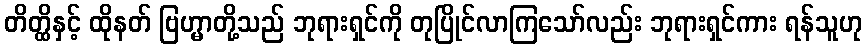
တိတ္ထိနှင့် ထိုနတ် ဗြဟ္မာတို့သည် ဘုရားရှင်ကို တုပြိုင်လာကြသော်လည်း ဘုရားရှင်ကား ရန်သူဟု